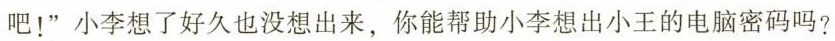
吧！”小李想了好久也没想出来，你能帮助小李想出小王的电脑密码吗?